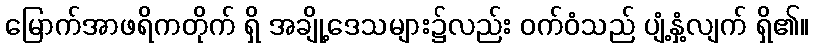
မြောက်အာဖရိကတိုက် ရှိ အချို့ဒေသများ၌လည်း ဝက်ဝံသည် ပျံ့နှံ့လျက် ရှိ၏။